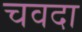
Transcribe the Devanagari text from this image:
चवदा